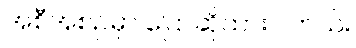
အစီအစဉ်မှာ ပြောဆိုထားပါတယ်။